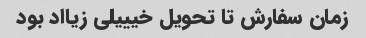
زمان سفارش تا تحویل خیییلی زیااد بود